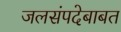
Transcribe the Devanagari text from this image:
जलसंपदेबाबत